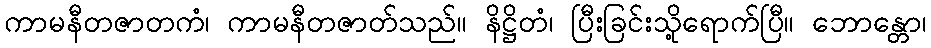
ကာမနီတဇာတကံ၊ ကာမနီတဇာတ်သည်။ နိဋ္ဌိတံ၊ ပြီးခြင်းသို့ရောက်ပြီ။ ဘောန္တော၊